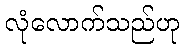
လုံလောက်သည်ဟု